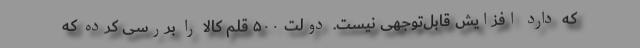
که دارد افزایش قابل‌توجهی نیست. دولت ۵۰۰ قلم کالا را بررسی کرده که